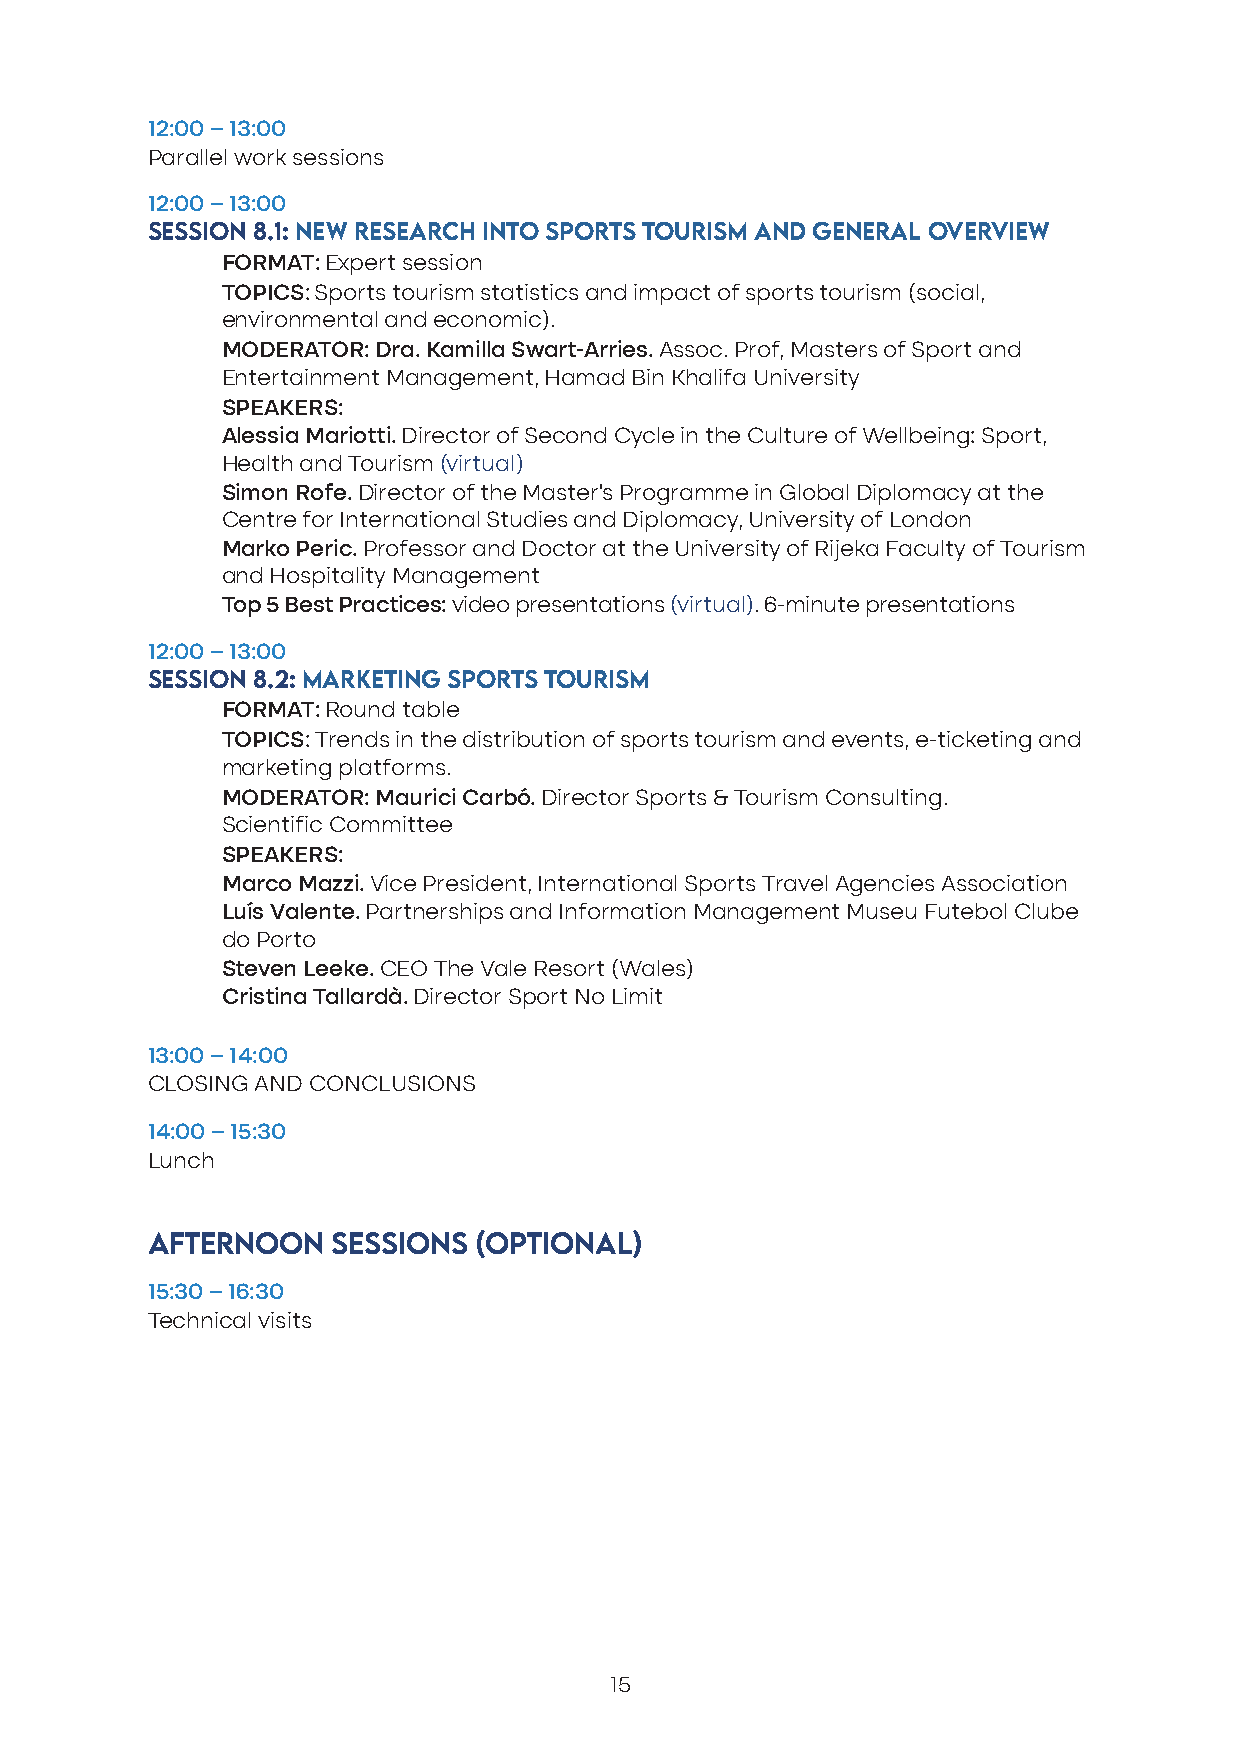
12:00 – 13:00
 Parallel work sessions
 12:00 – 13:00
 SESSION 8.1: NEW RESEARCH INTO SPORTS TOURISM AND GENERAL OVERVIEW
 FORMAT: Expert session
 TOPICS: Sports tourism statistics and impact of sports tourism (social,
 environmental and economic).
 MODERATOR: Dra. Kamilla Swart-Arries. Assoc. Prof, Masters of Sport and
 Entertainment Management, Hamad Bin Khalifa University
 SPEAKERS:
 Alessia Mariotti. Director of Second Cycle in the Culture of Wellbeing: Sport,
 Health and Tourism (virtual)
 Simon Rofe. Director of the Master’s Programme in Global Diplomacy at the
 Centre for International Studies and Diplomacy, University of London
 Marko Peric. Professor and Doctor at the University of Rijeka Faculty of Tourism
 and Hospitality Management
 Top 5 Best Practices: video presentations (virtual). 6-minute presentations
 12:00 – 13:00
 SESSION 8.2: MARKETING SPORTS TOURISM
 FORMAT: Round table
 TOPICS: Trends in the distribution of sports tourism and events, e-ticketing and
 marketing platforms.
 MODERATOR: Maurici Carbó. Director Sports & Tourism Consulting.
 Scientific Committee
 SPEAKERS:
 Marco Mazzi. Vice President, International Sports Travel Agencies Association
 Luís Valente. Partnerships and Information Management Museu Futebol Clube
 do Porto
 Steven Leeke. CEO The Vale Resort (Wales)
 Cristina Tallardà. Director Sport No Limit
 13:00 – 14:00
 CLOSING AND CONCLUSIONS
 14:00 – 15:30
 Lunch
 AFTERNOON   SESSIONS (OPTIONAL)
 15:30 – 16:30
 Technical visits
 15